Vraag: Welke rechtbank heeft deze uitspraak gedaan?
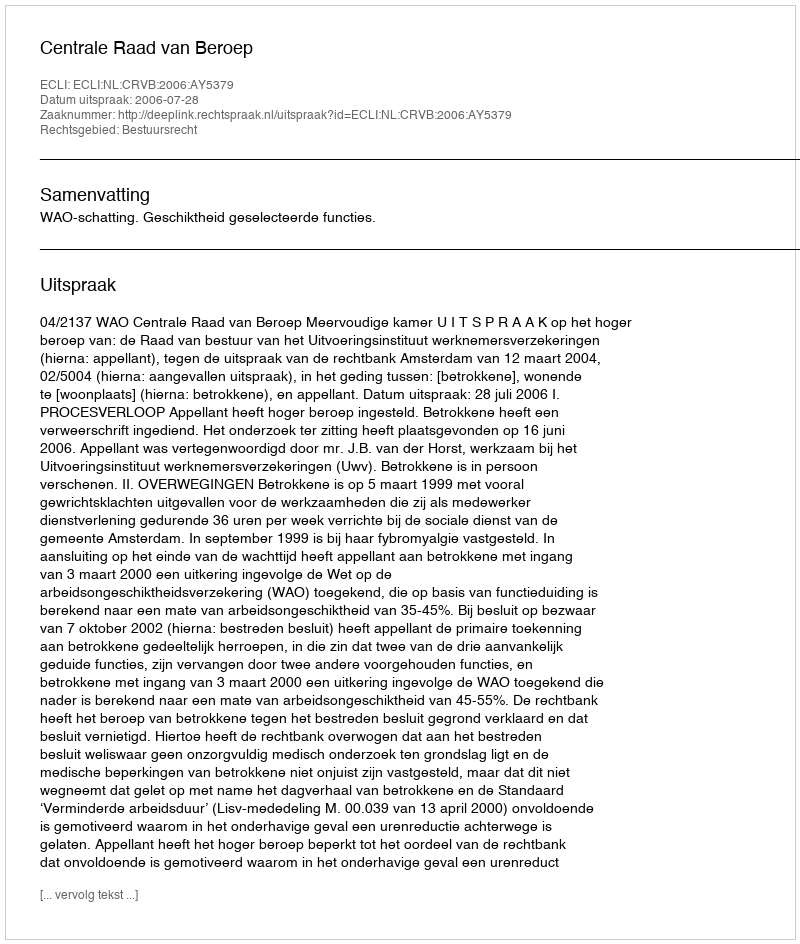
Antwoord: Centrale Raad van Beroep